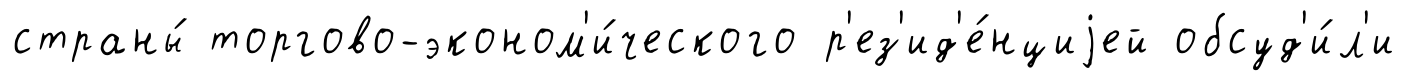
страны́ торгово-эконом'и́ческого р'ез'ид'е́нциjей обсуд'и́л'и